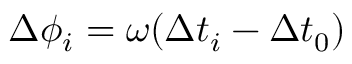
\Delta \phi _ { i } = \omega ( \Delta t _ { i } - \Delta t _ { 0 } )